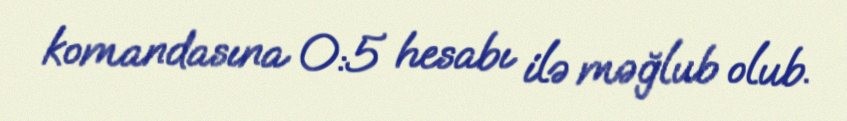
komandasına 0:5 hesabı ilə məğlub olub.